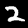
Label: 2